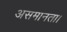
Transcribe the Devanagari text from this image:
असमानता।